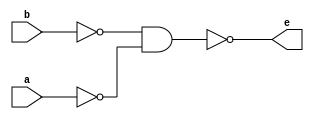
module or_gate(e,b,a);
wire d,c;
input a,b;
output e;

nand(c,a,a);
nand(d,b,b);
nand(e,d,c);

endmodule